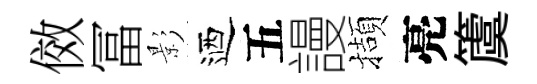
傚冨影迺五謾擷亮𥵂